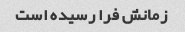
زمانش فرا رسیده است